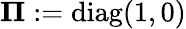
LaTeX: \boldsymbol{\Pi}:=\mathrm{diag}(1,0)